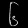
Digit: ၆